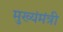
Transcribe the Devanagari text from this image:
मुख्यंमंत्री